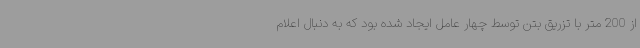
از 200 متر با تزریق بتن توسط چهار عامل ایجاد شده بود که به دنبال اعلام